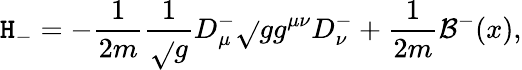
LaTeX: \mathtt{H}_{-}=-\frac{{1}}{{2m}}\frac{{1}}{{\sqrt{}{{g}}}}D_{\mu}^{-}\sqrt{}{{g}}g^{\mu\nu}D_{\nu}^{-}+\frac{{1}}{{2m}}{\mathcal{{B}}}^{-}(x),